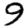
Digit: 9